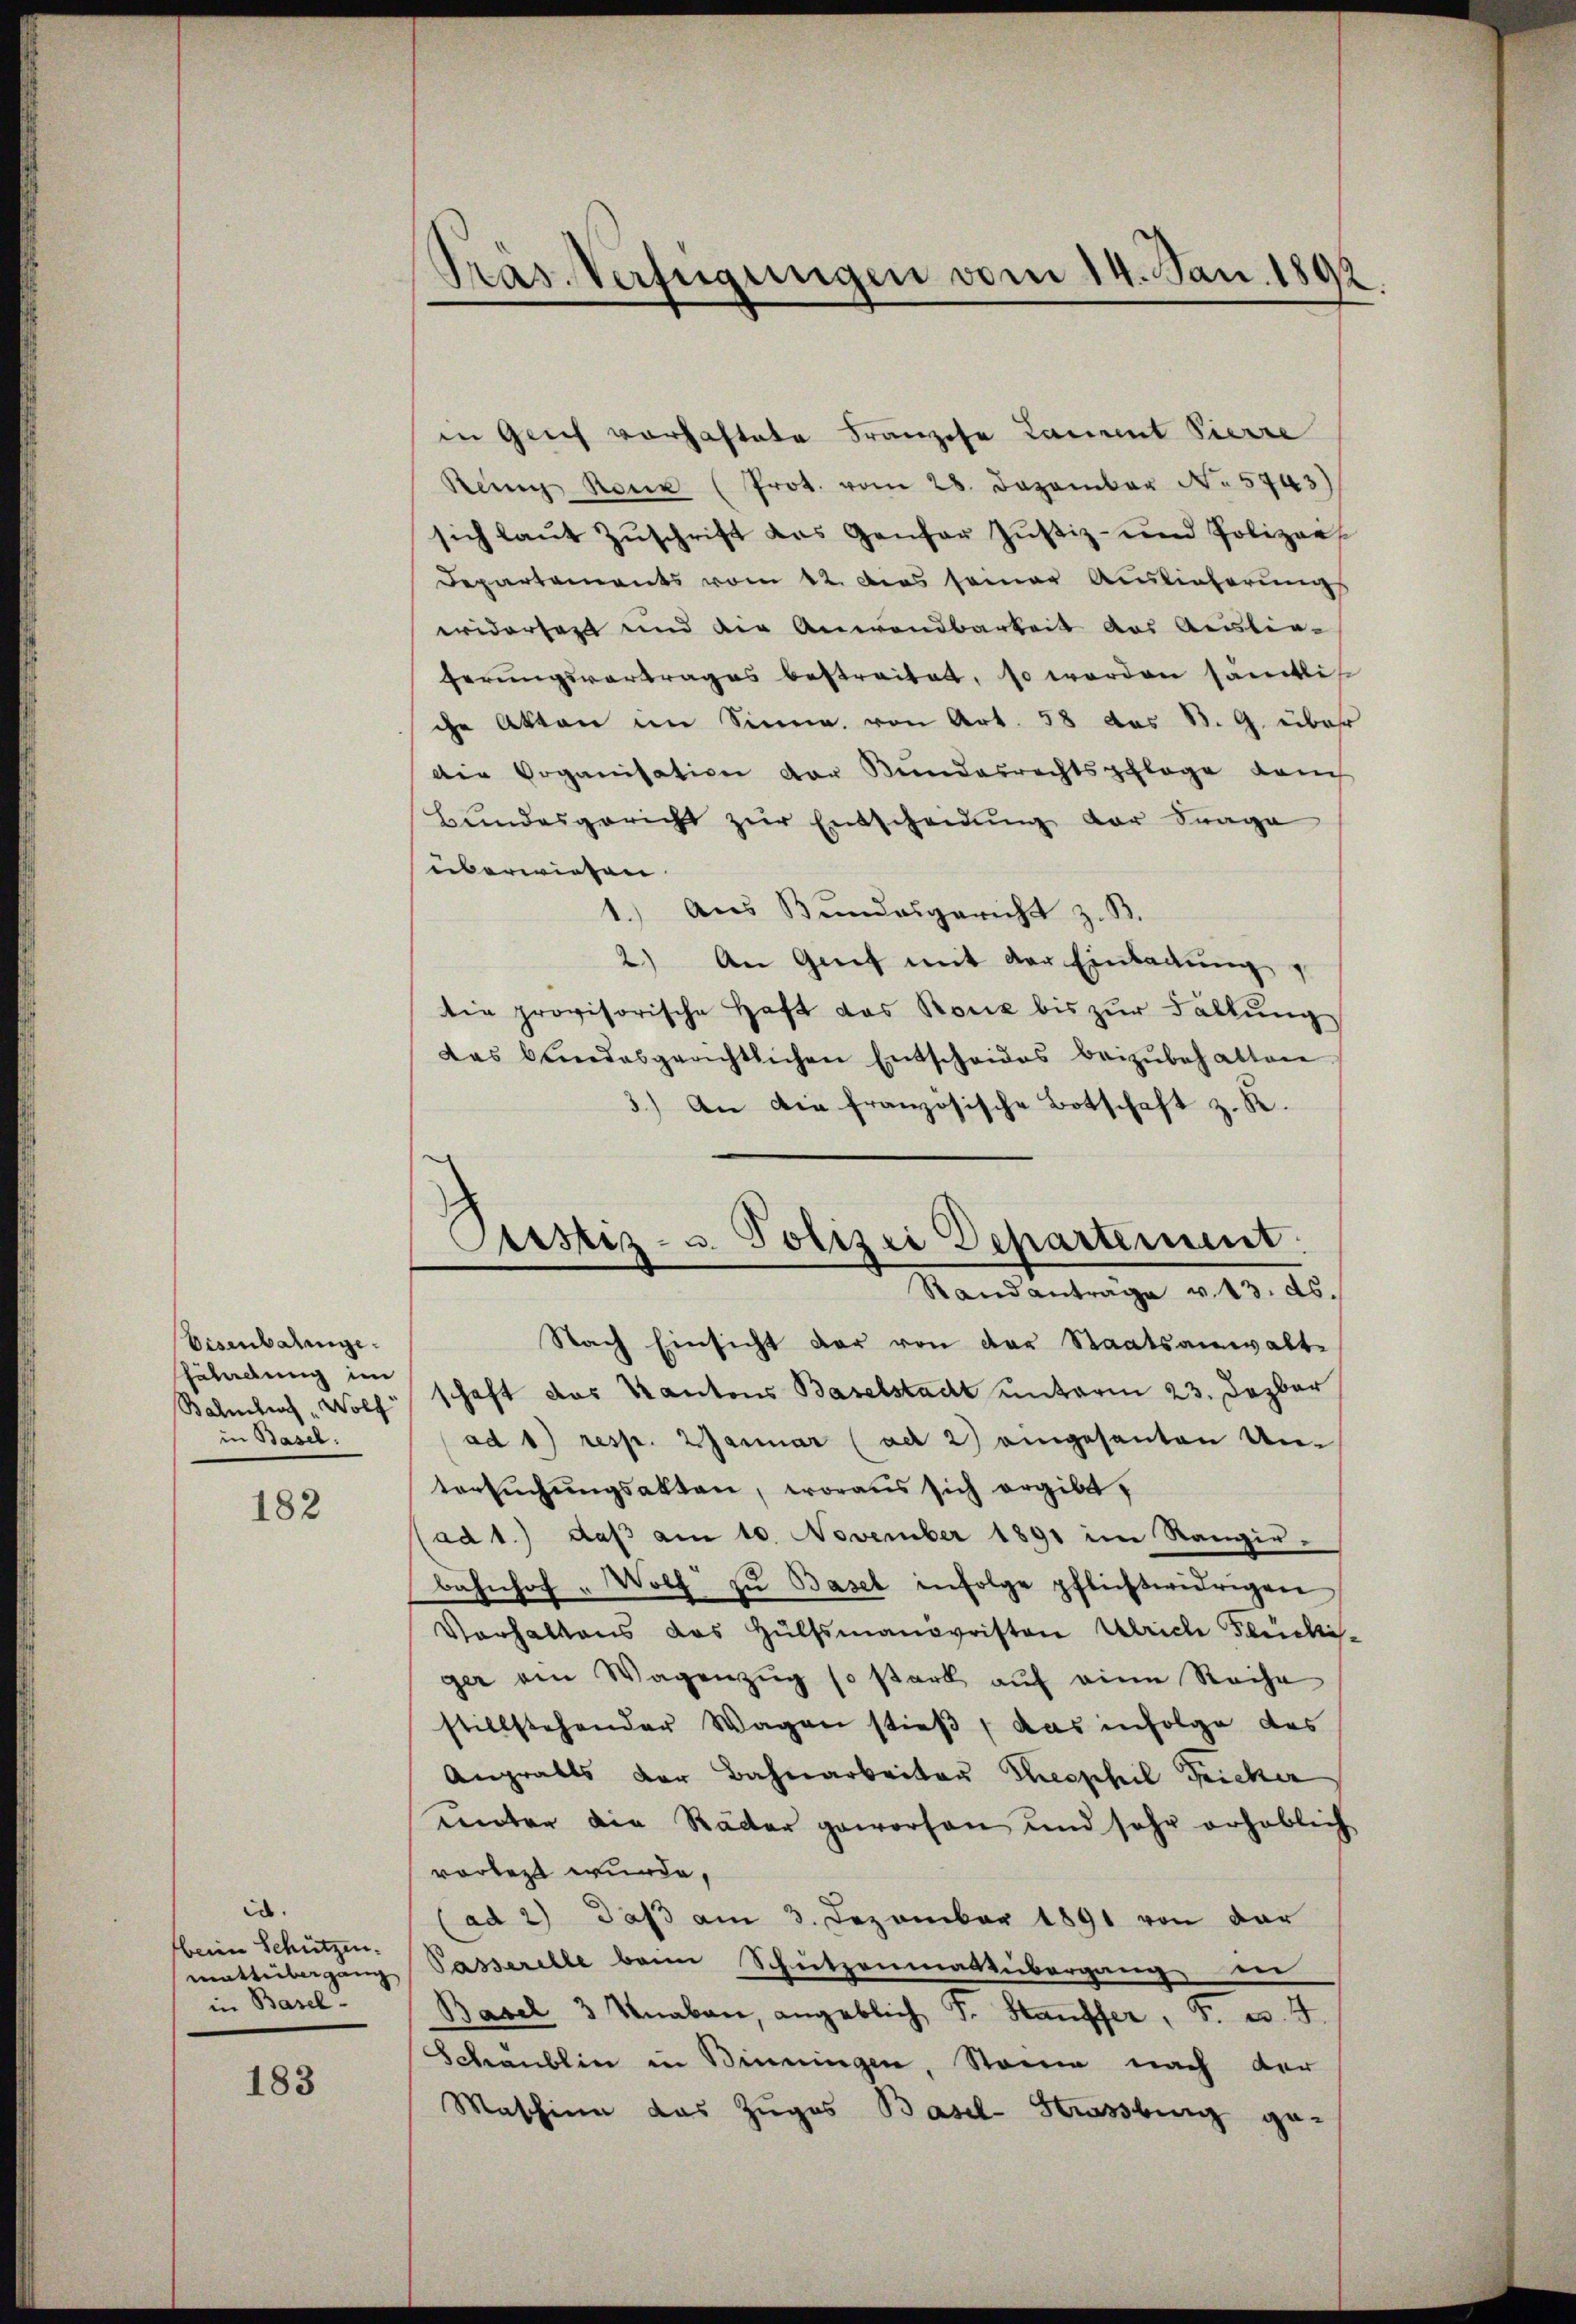
Eisenbalange.
äladung im
Bahmten Wolf
in Basel.

182

id.
beim Schützen.
mattübergang
in Basel-

183

Pras. Verfügungen vom 14. Jan. 1892.

in glich vorhaftete Franzose Lament Pierre
Remy Rone (Prot. vom 28. Dezember No 5743)
sich laŭt Zŭschrift des Genfer Zŭstiz- und Polizer
Departements vom 12. Dies seiner Auslieferungs
widersagt und die Anwendbarkeit des Auslieferungsvortrages bestreitet, so werden sämtlich
che Akten im Sinne von Art. 58 das B. G. über
Die Doganisation der Bundesrechtspflege dam
Bŭndesgericht zŭr Entscheidŭng der Frage
überwiesen.
Aus Bundesgericht z. B.
.
2) An Genf mit der Einladung
tie provisorische Haft das Rouz bis zur Fällung
das bundesgerichtlichen Entscheides beizŭbehalten.
3.) An die französische Botschaft z. R.
Nach Einsicht der von der Staatsanwalte
schaft das Kantons Baselstadt unterm 23. Dezbar
ad 1) resp. 2 Januar (ad 2) eingesanten Untersuchungsakten, woraus sich ergibt,
(ad 1.) daß am 10. November 1891 im Rangir-
bahnhof " Wolf zu Basel infolge pflichtwidrigen
Vorhaltens das Hülfsmanovristen Ulrich Stucki-
ger am Wagenzŭg so stark aŭf eine Reihe
stillstehender Wagen stieß, das infolge das
Angrabts der Bahnarbeiter Theophil Fricker
unter die Räder geworfen und sehr erheblich
vorlegt wurde.
(ad 2) daß am 3. Dezember 1891 von der
Passerelle beim Schutzenmattübergang in
Basel 3 Knaben, angeblich F. Stauffer, F. u. 4.
Schaublin in Binnungen, Steine nach der
Maschina das Zuges Basel-Strassburg ge¬

Custiz- u. Polizei Departement.
Randantrage v. 13. ds.